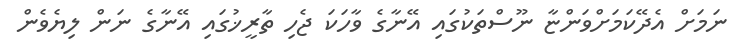
ނަމަށް އެދޭކަމަށްވަންޏާ ނޫސްތަކުގައި އޭނާގެ ވާހަކަ ޖެހި ތާރީޚުގައި އޭނާގެ ނަން ލިޔެވެން